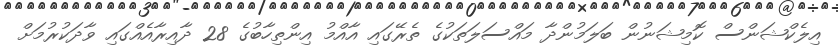
އިލެކްޝަންސް ކޮމިޝަނުން ބަލަމުންދާ މައްސަލަތަކުގެ ތެރޭގައި އާއްމު އިންތިހާބުގެ 28 ދާއިރާއެއްގައި ވާދަކުރުމަށް